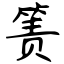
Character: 箦